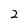
Character: 2